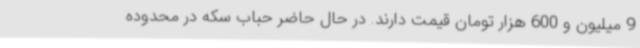
9 میلیون و 600 هزار تومان قیمت دارند. در حال حاضر حباب سکه در محدوده